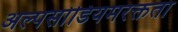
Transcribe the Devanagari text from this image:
अल्पसोडियमरक्तता